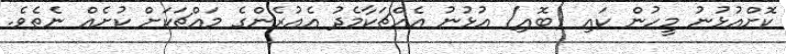
ކޮށްއުޅުނު މީހުން ކައި (ބޮއި) އުޅުނު އެއްޗަކާމެދު އެއުރެންގެ މައްޗަކަށް ކުށެއް ނެތެވެ.